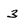
Character: 3